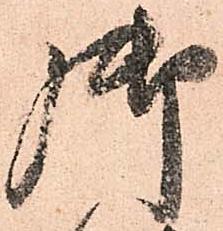
御